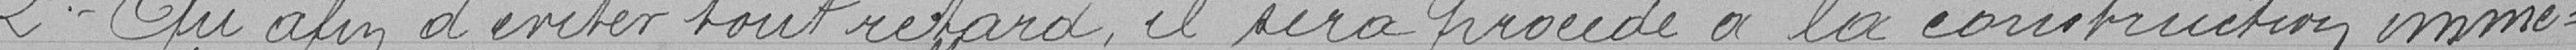
2° Qu'afin d'éviter tout retard, il sera procédé à la construction immé-